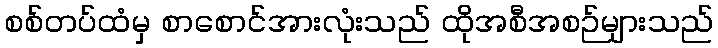
စစ်တပ်ထံမှ စာစောင်အားလုံးသည် ထိုအစီအစဉ်များသည်